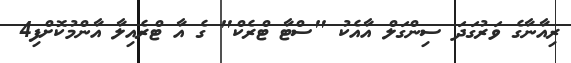
ރިއާނާގެ ވަރުގަދަ ސިންގަލް އާއެކު "ސްޓާ ޓްރެކް" ގެ އާ ޓްރެއިލާ އާންމުކޮށްފި4